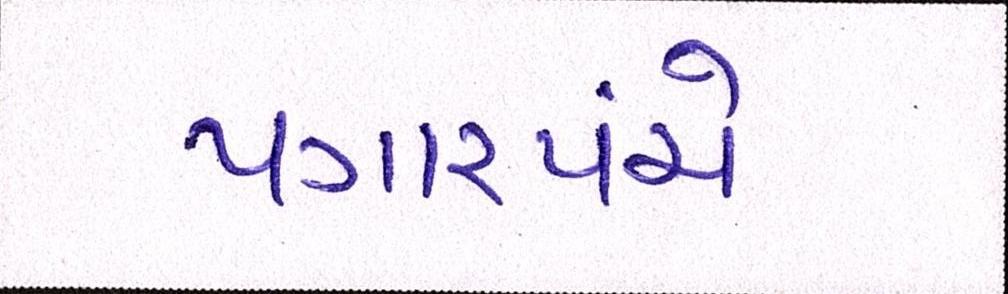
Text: પગારપંચે